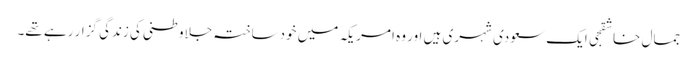
جمال خاشقجی ایک سعودی شہری ہیں اور وہ امریکہ میں خودساختہ جلاوطنی کی زندگی گزار رہے تھے۔